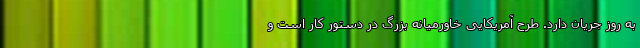
به روز جریان دارد. طرح آمریکایی خاورمیانه بزرگ در دستور کار است و